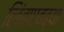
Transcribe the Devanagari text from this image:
लिंबाएवढ्या